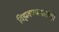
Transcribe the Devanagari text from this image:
विझवण्यासाठीही